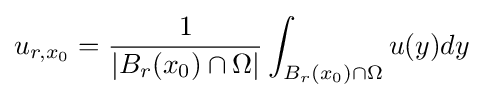
u_{r,x_{0}}={\frac {1}{|B_{r}(x_{0})\cap \Omega |}}\int _{B_{r}(x_{0})\cap \Omega }u(y)dy